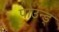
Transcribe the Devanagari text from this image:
पाउन्ड्